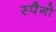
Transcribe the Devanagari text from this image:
स्पैगो